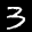
Label: 3